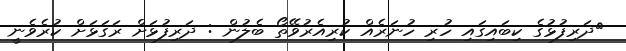
ދަރިފުޅުގެ ކިބައިގައި ހުރި ހުނަރެއް ކުރިއެރުވޭތޯ ބެލުން : ދަރިފުޅަށް ރަގަޅަށް ކުރެވެނީ